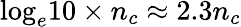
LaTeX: {{\log}_{e}}10\times{{n}_{c}}\approx 2.3{{n}_{c}}